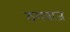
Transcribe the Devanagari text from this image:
ठगबाज